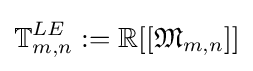
\mathbb {T} _{m,n}^{LE}:=\mathbb {R} [[{\mathfrak {M}}_{m,n}]]